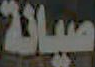
صيانة